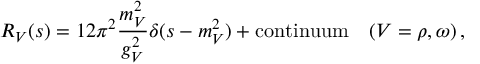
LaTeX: R _ { V } ( s ) = 1 2 \pi ^ { 2 } \frac { m _ { V } ^ { 2 } } { g _ { V } ^ { 2 } } \delta ( s - m _ { V } ^ { 2 } ) + \mathrm { c o n t i n u u m } \quad ( V = \rho , \omega ) \, ,